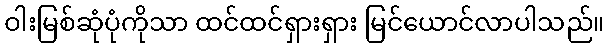
ဝါးမြစ်ဆုံပုံကိုသာ ထင်ထင်ရှားရှား မြင်ယောင်လာပါသည်။